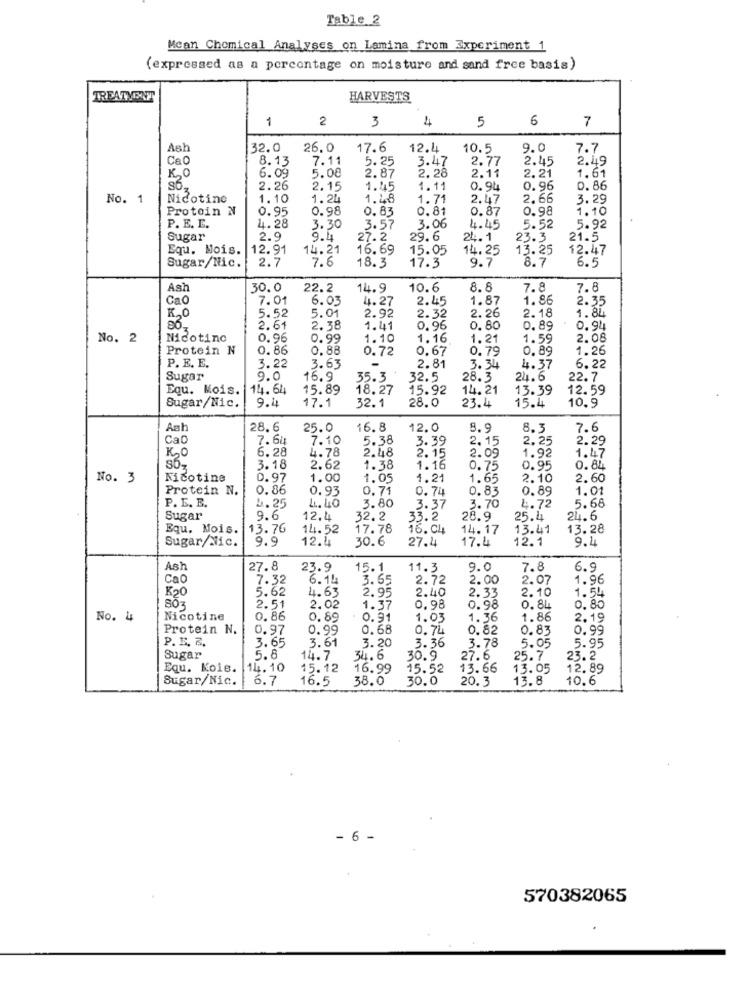
Table 2
Mean Chemical Analyses on Lamina from Experiment 1
(expressed as a percentage on moisture and sand free basis)
TREATMENT
HARVESTS
1
2
4
5
6
7
3
Ash
32.0
26.0
17.6
12.4
10.5
9.0
7.7
Cao
8.13
7.11
5.25
3.47
2.77
2.45
2.49
KO
5.08
6.09
2.87
2. 28
2.11
2.21
1.61
2.26
2.15
1.45
1.11
0.94
0.96
0.86
No. 1
Nicotine
1.10
1.24
1.48
1.71
2.47
2.66
3.29
Protein N
0.95
0.98
0.83
0.81
0.87
0.98
1.10
4.28
P. E. E.
3.30
3.57
3.06
4.45
5.52
5.92
Sugar
2.9
9.4
27.2
29.6
24. 1
23.3
21.5
Equ. Mois.
12.91
14.21
16.69
15.05
14.25
13.25
12.47
18.3
9.7
8.7
6.5
Sugar/Nic.
2.7
7.6
17.3
Ash
30.0
22.2
14.9
10.6
8.8
7.8
7.8
Cao
7.01
6.03
4. 27
2.45
1.87
1.86
2.35
K,O
5.01
2.92
2.32
2.18
1.84
5.52
2.26
2.61
2.38
1.41
0.96
0.80
0. 89
0.94
No. 2
Nicotine
0.96
0.99
1.10
1.16
1.21
1.59
2.08
Protein N
0.86
0.88
0.72
0.67
0.79
0.89
1.26
P. E. E.
3.22
3.63
-
2.81
3.34
4.37
6.22
Sugar
9.0
16.9
35.3
32.5
28.3
24.6
22.7
Equ. Mois.
14.64
15.89
18.27
15.92
14.21
13.39
12.59
28.0
15.4
Sugar/Nic.
9.4
17.1
32.1
23.4
10.9
Ash
28.6
25.0
16.8
12.0
8.9
8.3
7.6
CaD
7.60
7.10
5.38
3.39
2.15
2.25
2.29
K,O
6.28
2.48
2. 15
1.92
1.47
4.78
2.09
3.18
2.62
1.38
1.16
0. 75
0.95
0.84
No. 3
Nicotine
0.97
1.00
1.05
1.21
.65
2.10
2.60
Protein N.
0.86
0.93
0.71
0.74
0.83
0.89
1.01
P. E. E.
1.25
4.40
3.80
3.37
3.70
4.72
5.68
Sugar
9.6
12.4
32.2
33.2
28.9
25.4
24.6
Equ. Mois.
13.76
14.52
17.78
16. 0!
14.17
13.41
13.28
Sugar/Nic.
9.9
12.4
30.6
17.4
12.1
9.4
27.4
Ash
27.8
23.9
15.1
11.3
9.0
7.8
6.9
Cao
7.32
6.144
3.65
2.72
2.00
2.07
1.96
5.62
4.63
2.95
2.40
2.33
1.54
2.10
803
2.51
2.02
1.37
0.98
0.98
0.84
0.80
No. 4
Nicotine
0.86
0,89
0.91
1.03
1.36
1.86
2.19
Protein N.
0.97
0.99
0.68
0.74
0.82
0.83
0.99
P. E. R ..
3.65
3.61
3.20
3.78
5.95
3.36
5.05
Sugar
5.8
14.7
34.6
30.9
27.6
25.7
23.2
Equ. Koie.
14. 10
15.12
16.99
15.52
13.66
13.05
12.89
Sugar/Nic.
6.7
16.5
38.0
30.0
20.3
13.8
10.6
. 6
570382065